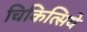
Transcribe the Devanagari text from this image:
चिकित्सिये